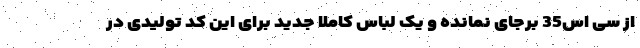
از سی اس35 برجای نمانده و یک لباس کاملا جدید برای این کد تولیدی در